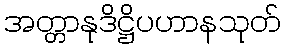
အတ္တာနုဒိဋ္ဌိပဟာနသုတ်